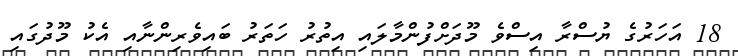
18 އަހަރުގެ ޔުސްރާ އިސްވެ މޫދަށްފުންމާލައި އިތުރު ހަތަރު ބައިވެރިންނާއި އެކު މޫދުގައި